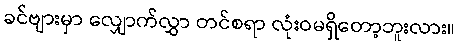
ခင်ဗျားမှာ လျှောက်လွှာ တင်စရာ လုံးဝမရှိတော့ဘူးလား။